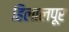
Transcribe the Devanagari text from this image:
हिलालपूर